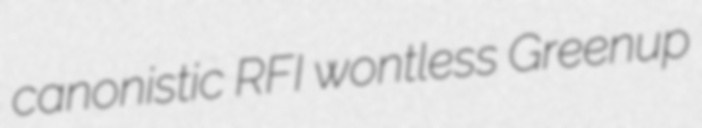
canonistic RFI wontless Greenup